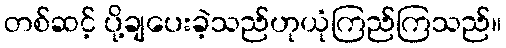
တစ်ဆင့် ပို့ချပေးခဲ့သည်ဟုယုံကြည်ကြသည်။